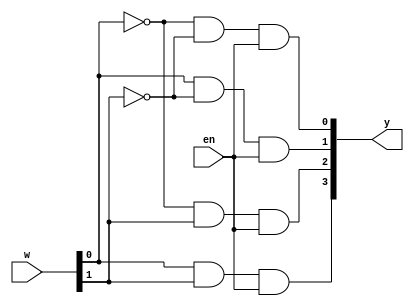
module twoToFourDecoder(y, w, en);
	output [3:0] y;
	input [1:0] w;
	input en;
	wire nw0, nw1;

	not n1 (nw0, w[0]);
	not n2 (nw1, w[1]);
	
	and a1 (y[0], nw0, nw1, en);
	and a2 (y[1], w[0], nw1, en);
	and a3 (y[2], nw0, w[1], en);
	and a4 (y[3], w[0], w[1], en);

endmodule